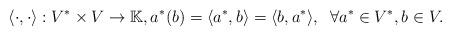
LaTeX: \begin{align*}\langle\cdot ,\cdot \rangle:V^* \times V\rightarrow \mathbb{K},a^*(b)= \langle a^*,b\rangle=\langle b,a^*\rangle,\;\;\forall a^*\in V^*,b\in V.\end{align*}